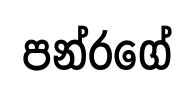
පන්රගේ